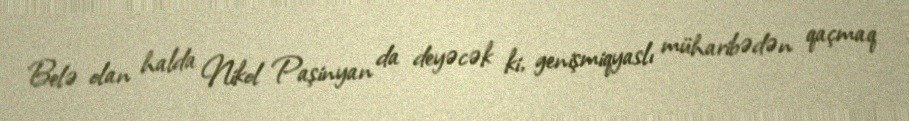
Belə olan halda Nikol Paşinyan da deyəcək ki, genişmiqyaslı müharibədən qaçmaq